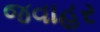
જવાહર